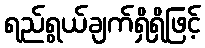
ရည်ရွယ်ချက်ရှိရှိဖြင့်